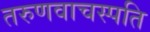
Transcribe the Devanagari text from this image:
तरुणवाचस्पति